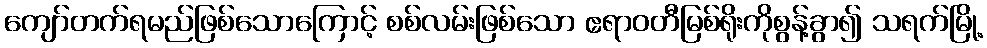
ကျော်တက်ရမည်ဖြစ်သောကြောင့် စစ်လမ်းဖြစ်သော ဧရာဝတီမြစ်ရိုးကိုစွန့်ခွာ၍ သရက်မြို့